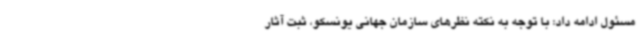
مسئول ادامه داد: با توجه به نکته نظرهای سازمان جهانی یونسکو، ثبت آثار